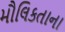
મૌલિકતાના